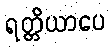
ရတ္တိယာပေ